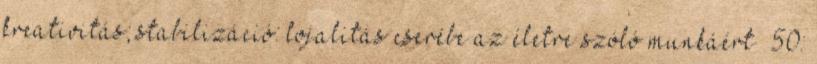
kreativitás; stabilizáció: lojalitás cserébe az életre szóló munkáért ’50: